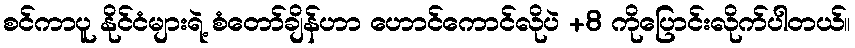
စင်ကာပူ နိုင်ငံများရဲ့ စံတော်ချိန်ဟာ ဟောင်ကောင်လိုပဲ +8 ကိုပြောင်းလိုက်ပါတယ်။